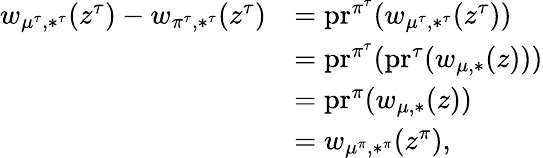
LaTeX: \begin{array}{rl}{w_{\mu^{\tau},*^{\tau}}(z^{\tau})-w_{\pi^{\tau},*^{\tau}}(z^{\tau})}&{=\mathrm{pr}^{\pi^{\tau}}(w_{\mu^{\tau},*^{\tau}}(z^{\tau}))}\\ &{=\mathrm{pr}^{\pi^{\tau}}(\mathrm{pr}^{\tau}(w_{\mu,*}(z)))}\\ &{=\mathrm{pr}^{\pi}(w_{\mu,*}(z))}\\ &{=w_{\mu^{\pi},*^{\pi}}(z^{\pi}),}\end{array}